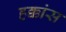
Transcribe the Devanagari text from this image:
हक्कांस